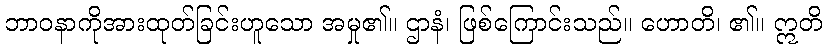
ဘာဝနာကိုအားထုတ်ခြင်းဟူသော အမှု၏။ ဌာနံ၊ ဖြစ်ကြောင်းသည်။ ဟောတိ၊ ၏။ ဣတိ